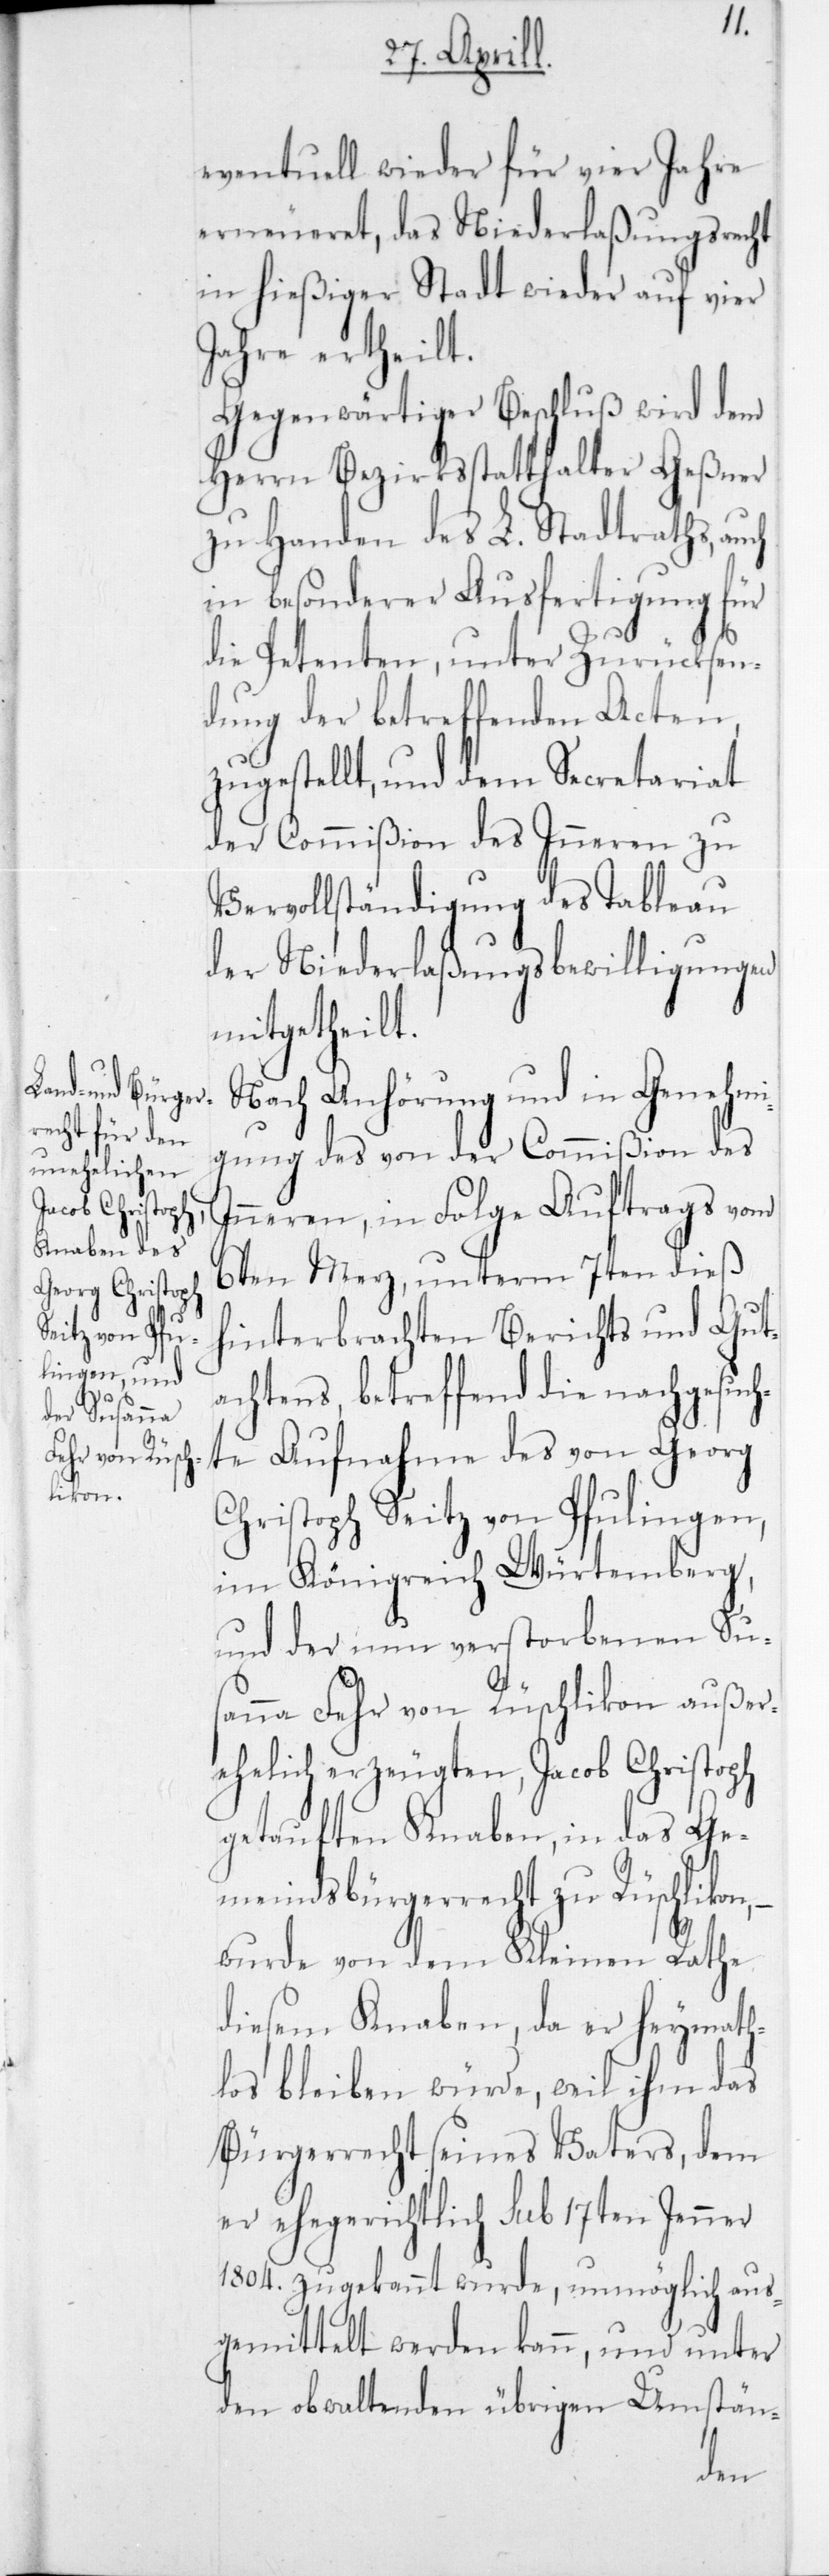
eventuell wieder für vier Jahre
erneueret, das Niederlaßungsrecht
in hießiger Stadt wieder auf vier
Jahre ertheilt.
Gegenwärtiger Beschluß wird dem
Herrn Bezirksstatthalter Geßner
zu Handen des L. Stadtraths, auch
in besonderer Ausfertigung für
die Petenten, unter Zurücksen¬
dung der betreffenden Acten,
zugestellt, und dem Secretariat
der Commißion des Inneren zu
Vervollständigung des Tableau
der Niederlaßungsbewilligungen
mitgetheilt.
Nach Anhörung und in Genehmi¬
gung des von der Commißion des
Inneren, in Folge Auftrags vom
6ten Merz, unterm 7ten dieß
hinterbrachten Berichts und Gut¬
achtens, betreffend die nachgesuch¬
te Aufnahme des von Georg
Christoph Seitz von Pfulingen,
im Königreich Würtemberg,
und der nun verstorbenen Sus¬
anna Fehr von Rüschlikon außer¬
ehelich erzeugten, Jacob Christoph
getauften Knaben, in das Ge¬
meindsbürgerrecht zu Rüschlikon,
wurde von dem Kleinen Rathe
diesem Knaben, da er heymatl¬
hos bleiben würde, weil ihm das
Bürgerrecht seines Vaters, dem
er ehegerichtlich sub 17ten Jenner
1804 zugekannt wurde, unmöglich aus¬
gemittelt werden kann, und unter
den obwaltenden übrigen Umstän-